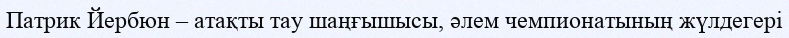
Патрик Йербюн – атақты тау шаңғышысы, әлем чемпионатының жүлдегері